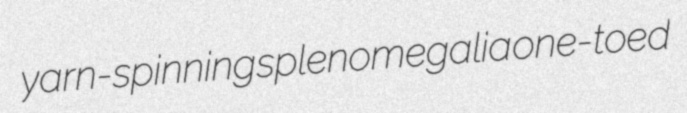
yarn-spinning splenomegalia one-toed